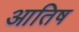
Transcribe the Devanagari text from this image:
आतिष